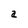
Character: a